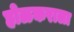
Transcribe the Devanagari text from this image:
होळकराला